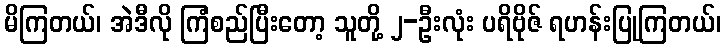
မိကြတယ်၊ အဲဒီလို ကြံစည်ပြီးတော့ သူတို့ ၂-ဦးလုံး ပရိဗိုဇ် ရဟန်းပြုကြတယ်၊